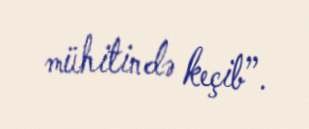
mühitində keçib”.